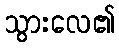
သွားလေ၏